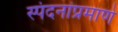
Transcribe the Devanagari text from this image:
स्पंदनांप्रमाणे